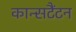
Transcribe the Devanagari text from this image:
कान्सटैंटन